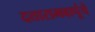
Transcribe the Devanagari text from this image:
दत्तारामबापूंचे